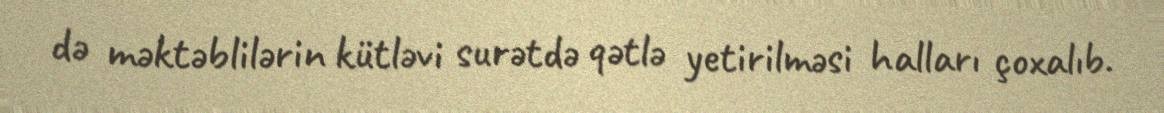
də məktəblilərin kütləvi surətdə qətlə yetirilməsi halları çoxalıb.